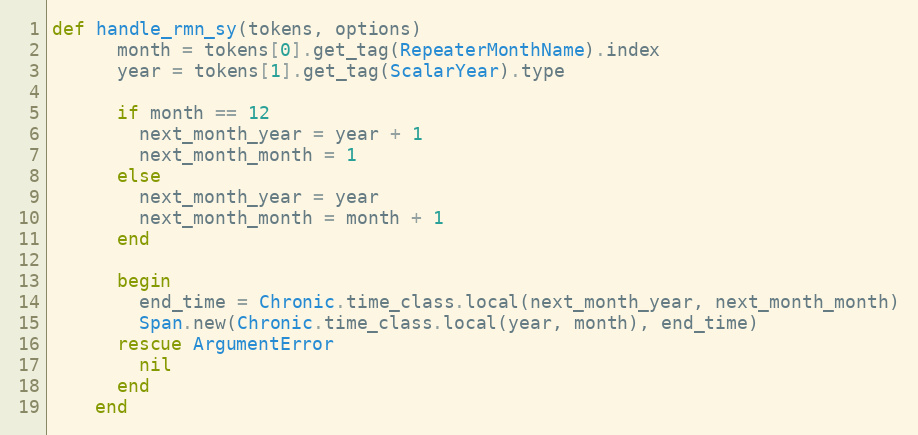
Language: Ruby
def handle_rmn_sy(tokens, options)
      month = tokens[0].get_tag(RepeaterMonthName).index
      year = tokens[1].get_tag(ScalarYear).type

      if month == 12
        next_month_year = year + 1
        next_month_month = 1
      else
        next_month_year = year
        next_month_month = month + 1
      end

      begin
        end_time = Chronic.time_class.local(next_month_year, next_month_month)
        Span.new(Chronic.time_class.local(year, month), end_time)
      rescue ArgumentError
        nil
      end
    end